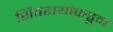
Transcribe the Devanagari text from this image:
शिवरायांकडून